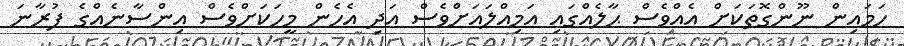
ހަމައިން ނޫންގޮތަކަށް އެއްވެސް ޙާލެއްގައި އަމިއްލައަށްވެސް އަދި އެހެން މީހަކަށްވެސް އިންސާނެއްގެ ފުރާނަ